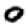
Digit: 0